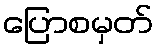
ပြောစမှတ်